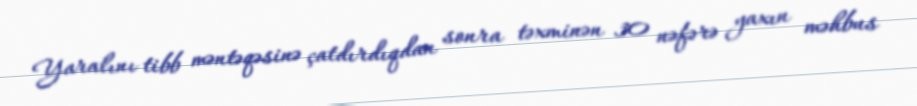
Yaralını tibb məntəqəsinə çatdırdıqdan sonra təxminən 30 nəfərə yaxın məhbus